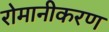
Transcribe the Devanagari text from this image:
रोमानीकरण